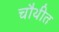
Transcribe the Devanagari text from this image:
चौथीत